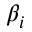
\beta _ { i }